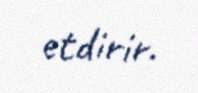
etdirir.